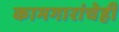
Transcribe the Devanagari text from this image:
कामगारांचेही